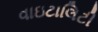
વાઇટાલિટી